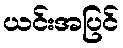
ယင်းအပြင်